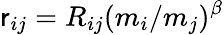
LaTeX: \mathsf{r}_{ij}=R_{ij}(m_{i}/m_{j})^{\beta}